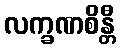
လက္ခဏစိန္တီ